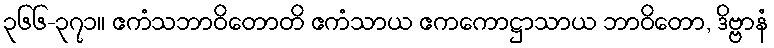
၃၆၆-၃၇၁။ ဧကံသဘာဝိတောတိ ဧကံသာယ ဧကကောဋ္ဌာသာယ ဘာဝိတော, ဒိဗ္ဗာနံ